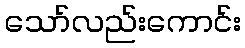
သော်လည်းကောင်း